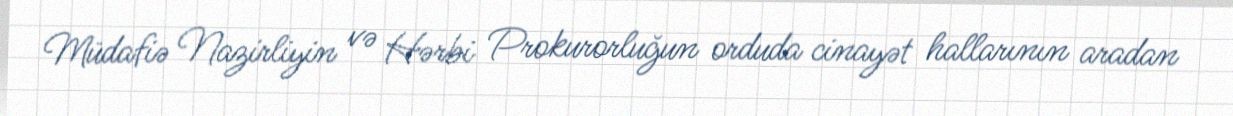
Müdafiə Nazirliyin və Hərbi Prokurorluğun orduda cinayət hallarının aradan